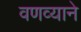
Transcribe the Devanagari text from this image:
वणव्याने